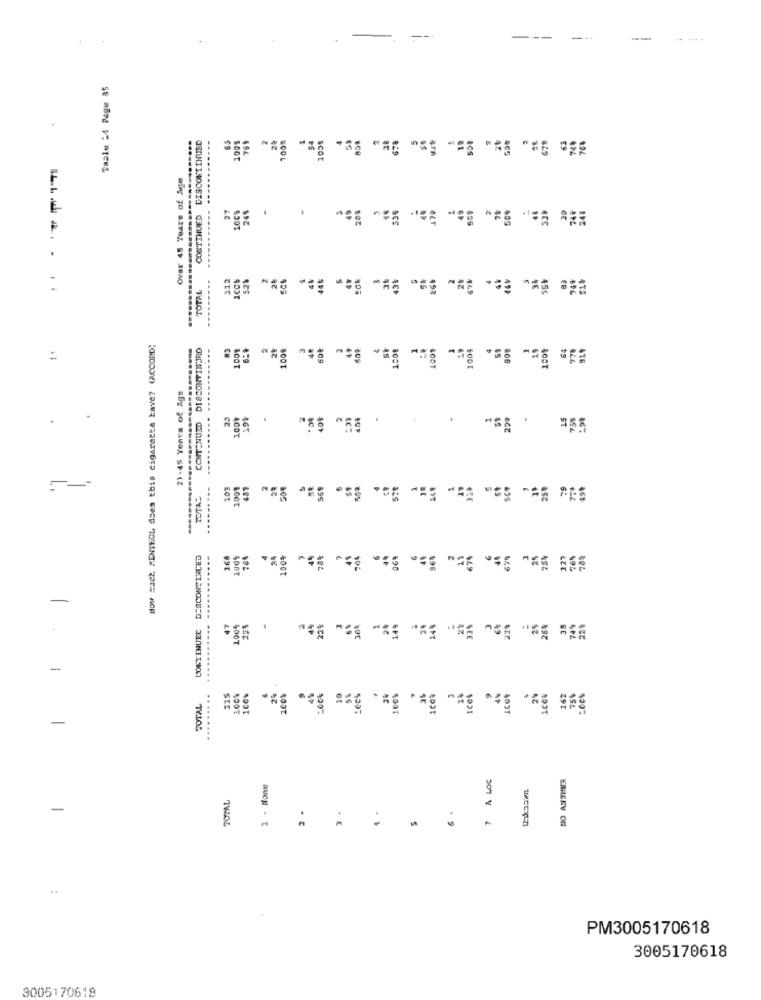
--
Taale -4 Page 85
DISCONTINUED
761
2%
54
-----
scot
Over 45 Years of Age
27
249
CONTINUED
20%
.
212
ICCs
52%
2
445
TOTAL
How =Ich MENTHOL does this cigaretta kave? (ACCORD;
CONTENUSD DISCONTIWIRD
20
1004
1004
1001
=
23-45 Years of Age
25
404
.
MC.
........
102
1009
487
28
569
-----...
TOTAL
CONTINUED DESCONTINUED
--
100%
784
24
100%
45
28%
204
-
..
47
225
44
22%
304
144
26%
-
24
Icot
........
215
100%
4%
10
cot
24
162
75%
TOTAL
-
7 A LOG
1 - None
TOTAL
-
3 .
5
.
PM3005170618
3005170618
3005170618